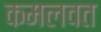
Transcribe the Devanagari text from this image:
कमलवत